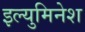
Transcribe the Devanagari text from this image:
इल्युमिनेश